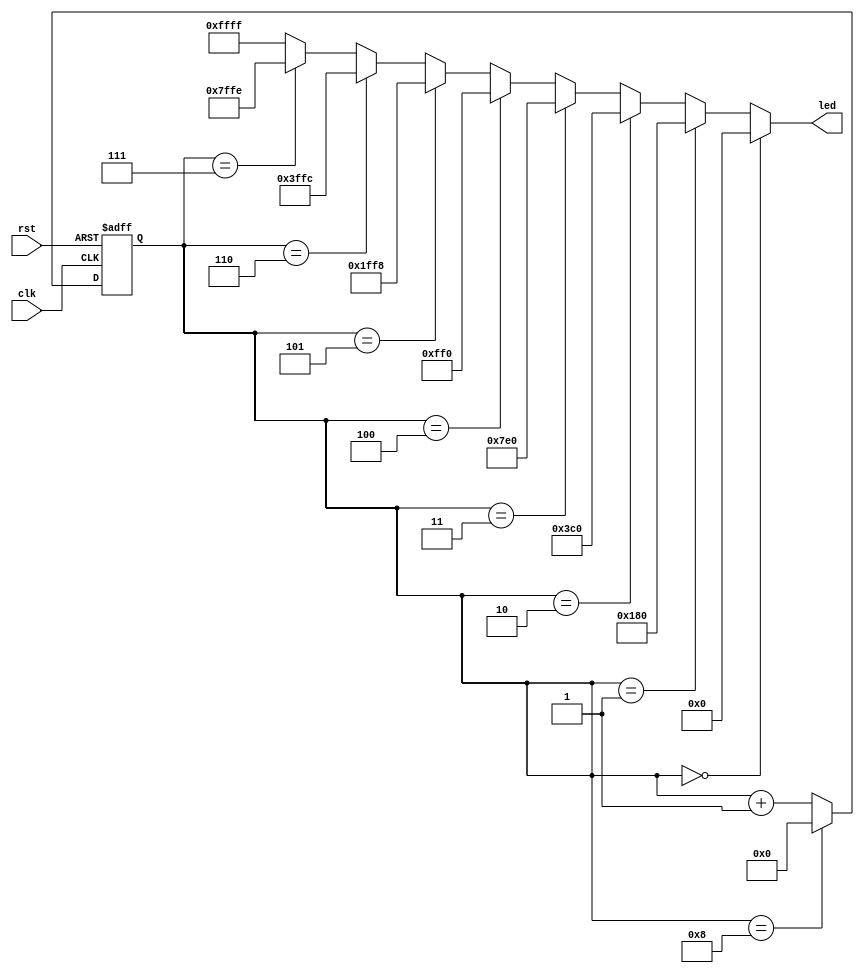
module led_pattern_generator_1(
    input clk,
    input rst,
    output reg[15:0] led
);
reg [3:0] count, next_count;
always @(*) begin
    if(count == 8)
        next_count = 0;
    else
        next_count = count + 1;
end
always @(posedge clk, posedge rst) begin
    if(rst)
        count <= 0;
    else
        count <= next_count;
end

always @(*) begin
    if(count == 0) led = 16'b0000_0000_0000_0000;  
    else if(count == 1) led = 16'b0000_0001_1000_0000;  
    else if(count == 2) led = 16'b0000_0011_1100_0000;  
    else if(count == 3) led = 16'b0000_0111_1110_0000; 
    else if(count == 4) led = 16'b0000_1111_1111_0000;   
    else if(count == 5) led = 16'b0001_1111_1111_1000;   
    else if(count == 6) led = 16'b0011_1111_1111_1100;   
    else if(count == 7) led = 16'b0111_1111_1111_1110;   
    else led = 16'b1111_1111_1111_1111;
end
endmodule